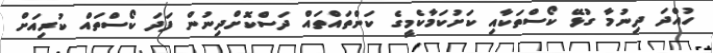
ހުއްދަ ދިނުމާ ގުޅޭ ކޯސްތަކާއި ކަށުކަމާކެމީގެ ކަންތައްތައް ދަސްކޮށްދިނުން ފަދަ ކޯސްތައް ކުރިއަށް